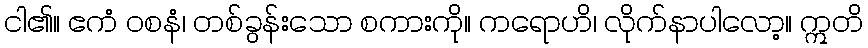
ငါ၏။ ဧကံ ဝစနံ၊ တစ်ခွန်းသော စကားကို။ ကရောဟိ၊ လိုက်နာပါလော့။ ဣတိ